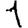
Digit: 1